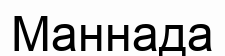
Маннада